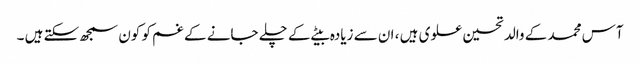
آس محمد کے والد تحسین علوی ہیں ، ان سے زیادہ بیٹے کے چلے جانے کے غم کو کون سمجھ سکتے ہیں ۔